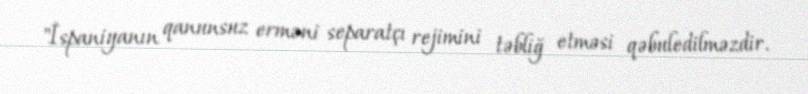
"İspaniyanın qanunsuz erməni separatçı rejimini təbliğ etməsi qəbuledilməzdir.